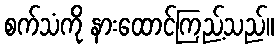
စက်သံကို နားထောင်ကြည့်သည်။